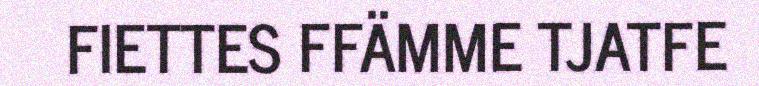
FIETTES FFÄMME TJATFE